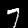
Label: 7